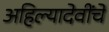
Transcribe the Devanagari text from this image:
अहिल्यादेवींचे